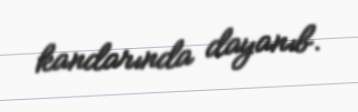
kandarında dayanıb.